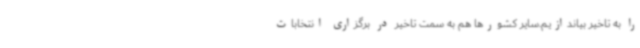
را به تاخیر بیاندازیم.سایر کشورها هم به سمت تاخیر در برگزاری انتخابات